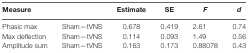
| Measure |  | Estimate | SE | F | d |
 | --- | --- | --- | --- | --- | --- |
 | Phasic max | Sham—tVNS | 0.678 | 0.419 | 2.61 | 0.74 |
 | Max deflection | Sham—tVNS | 0.114 | 0.093 | 1.49 | 0.56 |
 | Amplitude sum | Sham—tVNS | 0.163 | 0.173 | 0.88078 | 0.43 |